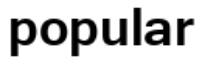
popular